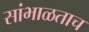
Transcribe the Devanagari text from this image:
सांभाळताच